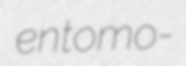
entomo-